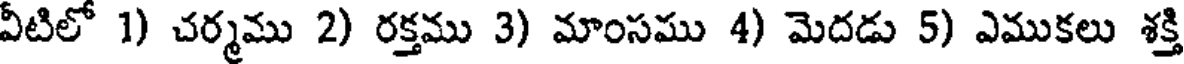
వీటిలో 1) చర్మము 2) రక్తము 3) మాంసము 4) మెదడు 5) ఎముకలు శక్తి